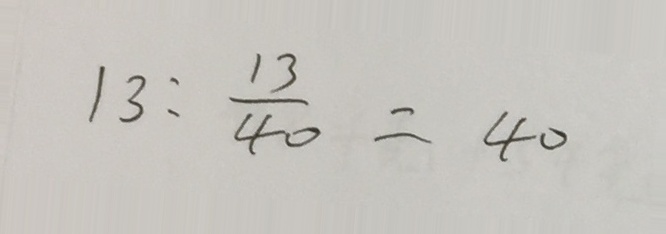
1 3 : \frac { 1 3 } { 4 0 } = 4 0